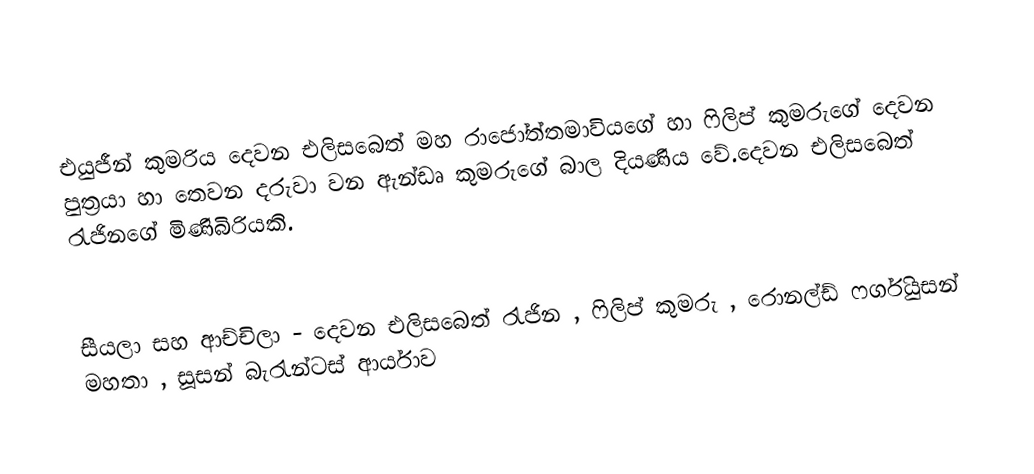
එයුජීන් කුමරිය දෙවන එලිසබෙත් මහ රාජෝත්තමාවියගේ හා ෆිලිප් කුමරුගේ දෙවන පුත්‍රයා හා තෙවන දරුවා වන ඇන්ඩෘ කුමරුගේ බාල දියණිය වේ.දෙවන එලිසබෙත් රැජිනගේ මිණිබිරියකි.

සීයලා සහ ආච්චිලා - දෙවන එලිසබෙත් රැජින , ෆිලිප් කුමරු , රොනල්ඩ් ෆර්ගියුසන් මහතා , සූසන් බැරැන්ටස් ආර්යාව